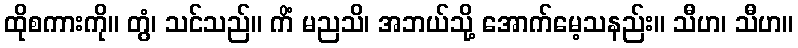
ထိုစကားကို။ တွံ၊ သင်သည်။ ကိံ မညသိ၊ အဘယ်သို့ အောက်မေ့သနည်း။ သီဟ၊ သီဟ။